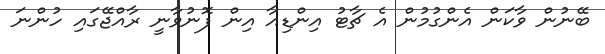
ބޭނުން ވާކަން އެންގުމުން އެ ޗާޓު އިންޑިއާ އިން ފޮނުވާނީ ރާއްޖޭގައި ހުންނަ